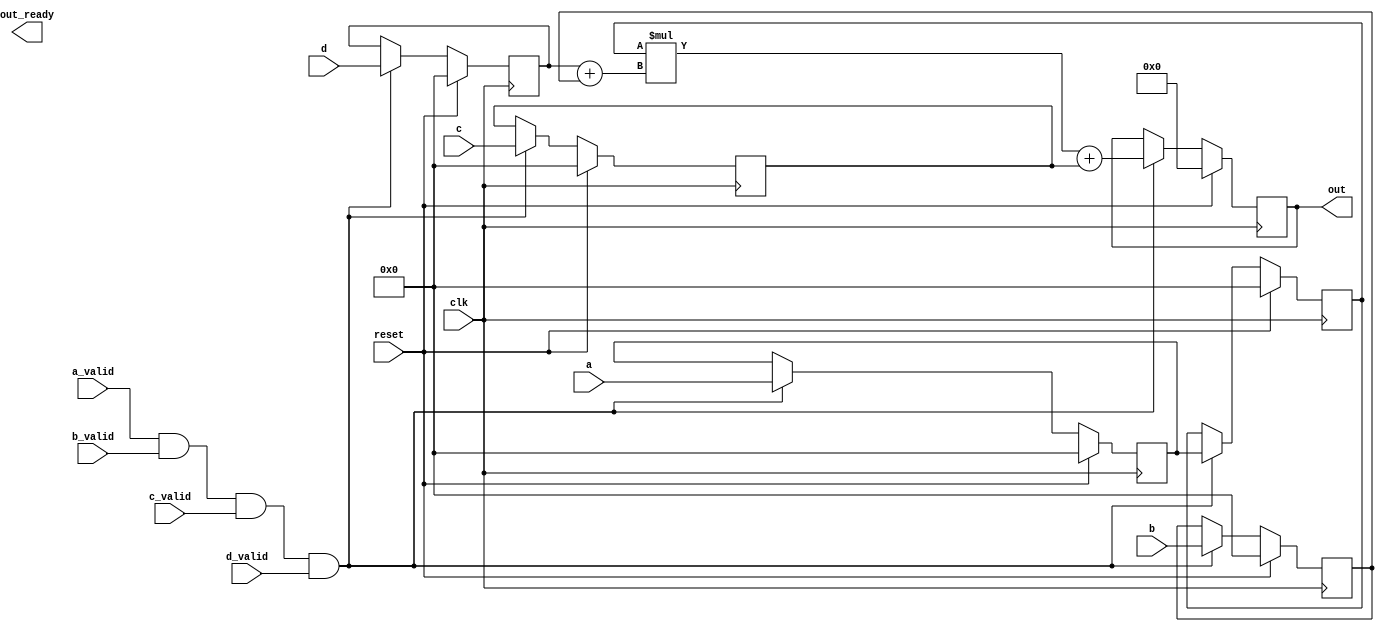
module mac
    #(parameter NO_OF_BITS = 16    )

    (
        input wire clk,
        input wire reset,
        
        input wire [NO_OF_BITS - 1: 0] a,
        input wire a_valid,

        input wire [NO_OF_BITS-1 : 0] b,
        input wire b_valid,
        
        input wire [NO_OF_BITS-1 : 0] c,
        input wire c_valid,
        
        input wire [NO_OF_BITS-1 : 0] d,
        input wire d_valid,

        output wire [(2*NO_OF_BITS)-1 : 0]out,
        output wire out_ready
        );

    wire transfer = a_valid & b_valid & c_valid & d_valid;

    reg [NO_OF_BITS-1 : 0] a_reg_0;
    reg [NO_OF_BITS-1 : 0] a_reg_1;

    reg [NO_OF_BITS-1 : 0] b_reg_0 ;
    reg [NO_OF_BITS-1 : 0] b_reg_1;

    reg [NO_OF_BITS-1 : 0] c_reg_0;
    reg [NO_OF_BITS-1 : 0] d_reg_0;
    reg [(2*NO_OF_BITS)-1 : 0] m_reg_0;
    reg [(2*NO_OF_BITS)-1 : 0] p_reg_0;

    assign out = p_reg_0;
//  assign out = m_reg_0;
//  assign out = b_reg_1;
    initial begin
        a_reg_0 = 0;
        a_reg_1 = 0;
        b_reg_0 = 0;
        b_reg_1 = 0;
        c_reg_0 = 0;
        d_reg_0 = 0;
        m_reg_0 = 0;
        p_reg_0 = 0;
    end

    always @(posedge (clk)) begin 
        if(reset) begin
            a_reg_0 <= 0;
            a_reg_1 <= 0;

            b_reg_0 <= 0;
            b_reg_1 <= 0;

            c_reg_0 <= 0;
            d_reg_0 <= 0;
            m_reg_0 <= 0;
            p_reg_0 <= 0;
        end
        else begin
            if (transfer) begin
                // 1st cycle
                a_reg_0 <= a;
                b_reg_0 <= b;
                c_reg_0 <= c;
//              c_reg_0 <= p_reg_0;
                d_reg_0 <= d;
                // 2nd cycle
                a_reg_1 <= a_reg_0;
                p_reg_0 <= (a_reg_1 * (d_reg_0 + b_reg_0)) + c_reg_0;

            end
        end
    end

endmodule